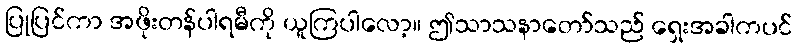
ပြုပြင်ကာ အဖိုးတန်ပါရမီကို ယူကြပါလော့။ ဤသာသနာတော်သည် ရှေးအခါကပင်